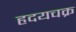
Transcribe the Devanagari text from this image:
हृदयचक्र